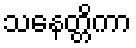
သနေတ္တိကာ